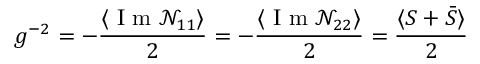
g ^ { - 2 } = - \frac { \langle \textrm { I m } \mathcal { N } _ { 1 1 } \rangle } { 2 } = - \frac { \langle \textrm { I m } \mathcal { N } _ { 2 2 } \rangle } { 2 } = \frac { \langle S + \bar { S } \rangle } { 2 }